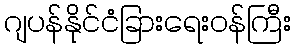
ဂျပန်နိုင်ငံခြားရေးဝန်ကြီး